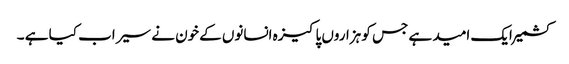
کشمیر ایک امید ہے جس کو ہزاروں پاکیزہ انسانوں کےخون نے سیراب کیا ہے ۔